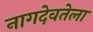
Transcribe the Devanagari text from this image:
नागदेवतेला